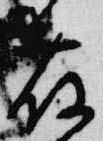
藤